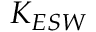
K _ { E S W }